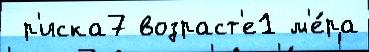
 р'иска7 возраст'е1 м'е́ра